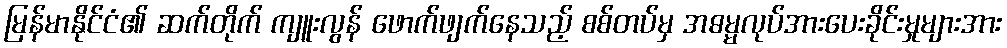
မြန်မာနိုင်ငံ၏ ဆက်တိုက် ကျူးလွန် ဖောက်ဖျက်နေသည့် စစ်တပ်မှ အဓမ္မလုပ်အားပေးခိုင်းမှုများအား